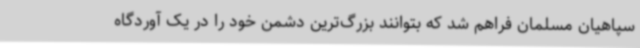
سپاهیان مسلمان فراهم شد که بتوانند بزرگ‌ترین دشمن خود را در یک آوردگاه